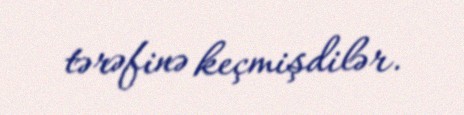
tərəfinə keçmişdilər.